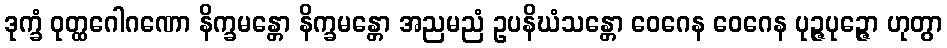
ဒုက္ခံ ဝုတ္ထဂေါဂဏော နိက္ခမန္တော နိက္ခမန္တော အညမညံ ဥပနိဃံသန္တော ဝေဂေန ဝေဂေန ပုဉ္ဇပုဉ္ဇော ဟုတွာ